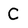
Character: C